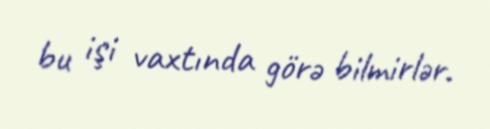
bu işi vaxtında görə bilmirlər.